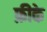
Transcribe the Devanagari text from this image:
फ़ीके